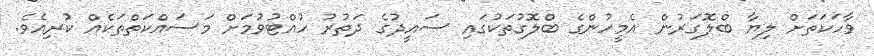
ވާހަކަތަށް ލިޔާ ބްލޮގަރުން އެމީހުންގެ ބްލޮގުތަކުގައި ސައީދުގެ ދަތުރު ހުއްޓުވުމަށް މަސައްކަތްތަކެއް ކުރިއެވެ.